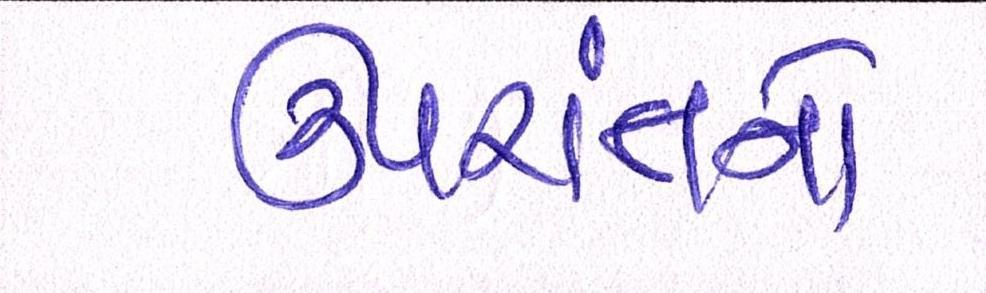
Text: ઉપરાંતનો